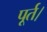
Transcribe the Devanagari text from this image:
पूर्त।